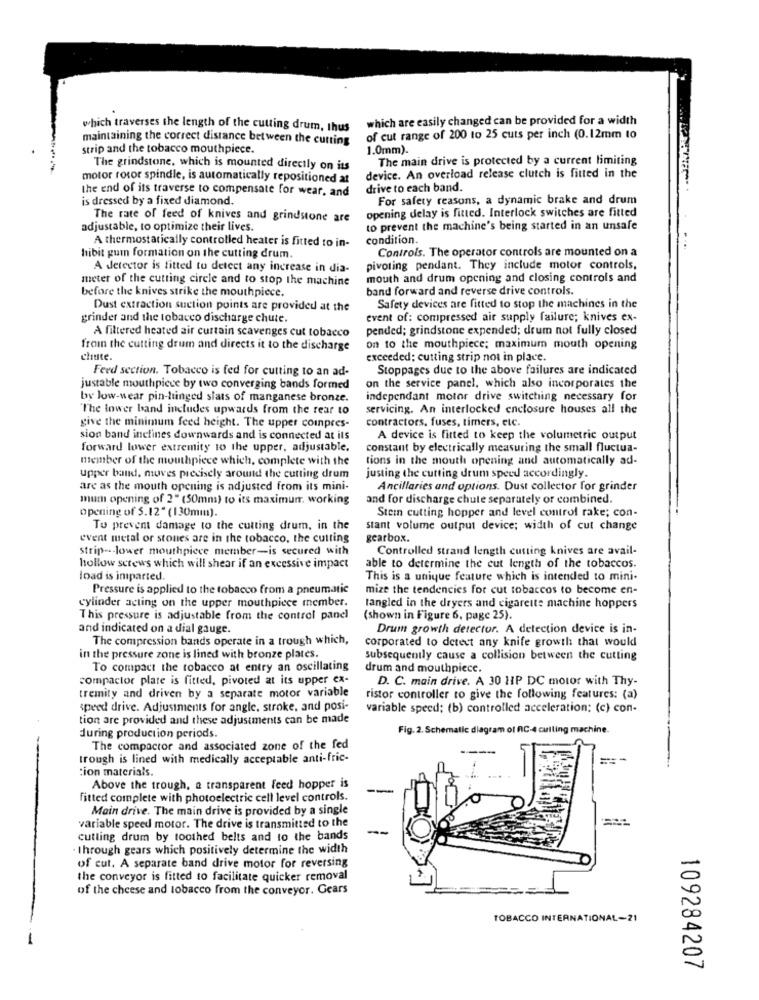
which are easily changed can be provided for a width
which traverses the length of the cutting drum, thus
maintaining the correct distance between the cutting
of cut range of 200 to 25 cuts per inch (0.12mm to
strip and the tobacco mouthpiece.
1.0mm).
The main drive is protected by a current limiting
The grindstone, which is mounted directly on its
motor rotor spindle, is automatically repositioned at
device. An overload release clutch is fitted in the
the end of its traverse to compensate for wear, and
drive to each band.
is dressed by a fixed diamond.
For safety reasons, a dynamic brake and drum
opening delay is fitted. Interlock switches are fitted
The rate of feed of knives and grindstone are
adjustable, to optimize their lives.
to prevent the machine's being started in an unsafe
A thermostatically controlled heater is fitted to in-
condition.
Controls. The operator controls are mounted on a
hibit gum formation on the cutting drum.
A detector is titted to detect any increase in dia-
pivoting pendant. They include motor controls,
meter of the cutting circle and to stop the machine
mouth and drum opening and closing controls and
band forward and reverse drive controls.
before the knives strike the mouthpiece.
Dust extraction suction points are provided at the
Safety devices are fitted to stop the machines in the
grinder and the tobacco discharge chute.
event of: compressed air supply failure; knives ex-
A filtered heated air curtain scavenges cut tobacco
pended; grindstone expended; drum not fully closed
froin the cutting drum and directs it to the discharge
on to the mouthpiece; maximum mouth opening
chute.
exceeded; cutting strip not in place.
Feed section. Tobacco is fed for cutting to an ad-
Stoppages due to the above failures are indicated
justable mouthpiece by two converging bands formed
on the service panel, which also incorporates the
by low-wear pin-hinged slats of manganese bronze.
independant motor drive switching necessary for
The lower band includes upwards from the rear to
servicing. An interlocked enclosure houses all the
give the minimum feed height. The upper compres-
contractors, fuses, timers, etc.
sion band inclines downwards and is connected at its
A device is fitted to keep the volumetric output
forward lower extremity to the upper, adjustable.
constant by electrically measuring the small fluctua-
member of the mouthpiece which, complete with the
tions in the mouth opening and automatically ad-
upper band, moves precisely around the cutting drum
justing the cutting drum speed accordingly.
are as the mouth opening is adjusted from its mini-
Ancillaries and options. Dust collector for grinder
mum opening of 2" (50mm) to its maximumr. working
and for discharge chute separately or combined.
Stein cutting hopper and level control rake; con-
opening of 5.12" (130mm).
To prevent damage to the cutting drum, in the
stant volume output device; width of cut change
event metal or stones are in the tobacco, the cutting
gearbox.
strip -- lower mouthpiece member-is secured with
Controlled strand length cutting knives are avail-
hollow screws which will shear if an excessive impact
able to determine the cut length of the tobaccos.
load is imparted.
This is a unique feature which is intended to mini-
Pressure is applied to the tobacco from a pneumatic
mize the tendencies for cut tobaccos to become en-
cylinder acting on the upper mouthpiece member.
tangled in the dryers and cigarette machine hoppers
This pressure is adjustable from the control panel
(shown in Figure 6, page 25).
and indicated on a dial gauge.
Drum growth detector. A detection device is in-
The compression bands operate in a trough which,
corporated to detect any knife growth that would
in the pressure zone is lined with bronze plates.
subsequently cause a collision between the cutting
To compact the tobacco at entry an oscillating
drum and mouthpiece.
compactor plate is fitted, pivoted at its upper ex-
D. C. main drive. A 30 HIP DC motor with Thy-
tremity and driven by a separate motor variable
ristor controller to give the following features: (a)
speed drive. Adjustments for angle, stroke, and posi-
variable speed; (b) controlled acceleration; (c) con-
tion are provided and these adjustments can be made
Fig. 2. Schematic diagram of RC-4 culling machine.
during production periods.
The compactor and associated zone of the fed
trough is lined with medically acceptable anti-fric-
:ion materials.
Above the trough, a transparent feed hopper is
fitted complete with photoelectric cell level controls.
Main drive. The main drive is provided by a single
variable speed motor. The drive is transmitted to the
-
cutting drum by toothed belts and to the bands
· through gears which positively determine the width
of cut. A separate band drive motor for reversing
the conveyor is fitted to facilitate quicker removal
of the cheese and tobacco from the conveyor. Gears
TOBACCO INTERNATIONAL-21
-
109284207